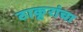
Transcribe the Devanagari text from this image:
ठाकूरांचा